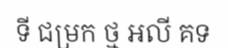
ទី ជម្រក ថ្ម អលី គទ